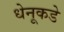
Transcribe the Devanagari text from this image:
धेनूकडे